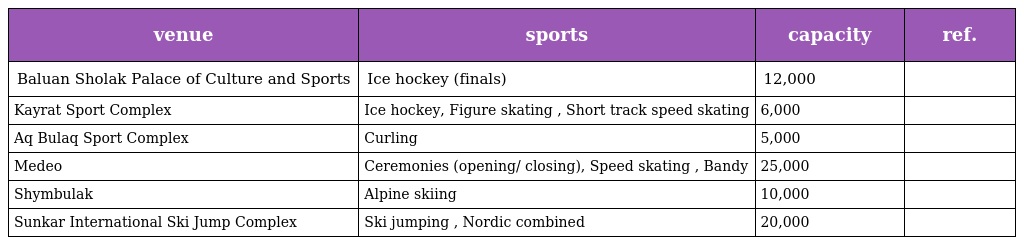
| venue | sports | capacity | ref. |
 | --- | --- | --- | --- |
 | Baluan Sholak Palace of Culture and Sports | Ice hockey (finals) | 12,000 |  |
 | Kayrat Sport Complex | Ice hockey, Figure skating , Short track speed skating | 6,000 |  |
 | Aq Bulaq Sport Complex | Curling | 5,000 |  |
 | Medeo | Ceremonies (opening/ closing), Speed skating , Bandy | 25,000 |  |
 | Shymbulak | Alpine skiing | 10,000 |  |
 | Sunkar International Ski Jump Complex | Ski jumping , Nordic combined | 20,000 |  |